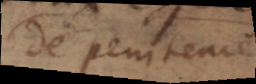
de penitence.